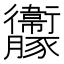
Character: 𧲝